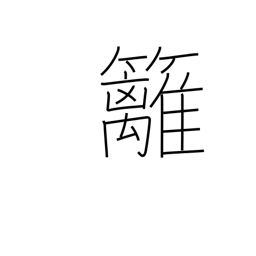
Meaning: bamboo hedge